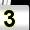
Digit: 3